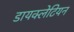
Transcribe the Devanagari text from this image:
डायक्लेटियन